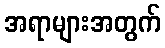
အရာများအတွက်